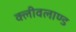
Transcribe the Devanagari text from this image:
क्लीवलाण्ड